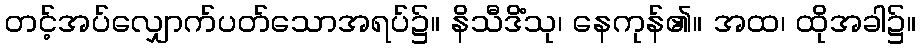
တင့်အပ်လျှောက်ပတ်သောအရပ်၌။ နိသီဒိံသု၊ နေကုန်၏။ အထ၊ ထိုအခါ၌။